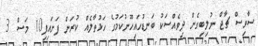
ސާވިސް ޗާޖް ނުލިބިގެން ދިވެއްސަކު ބަނޑުހައިހޫނުކަމުގެ ހަޅުތާލެއް ކުރަން ފަށައިފި10 މަސް 3